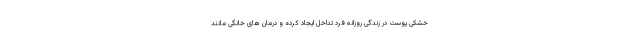
خشکی پوست در زندگی روزانه فرد تداخل ایجاد کرده و درمان های خانگی مانند